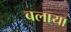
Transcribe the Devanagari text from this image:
बलाया